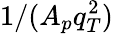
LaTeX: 1/(A_{p}q_{T}^{2})